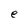
Character: e